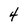
Character: 4